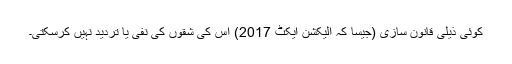
کوئی ذیلی قانون سازی (جیسا کہ الیکشن ایکٹ 2017) اس کی شقوں کی نفی یا تردید نہیں کرسکتی۔